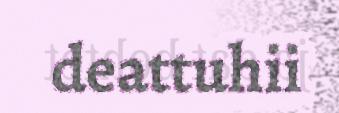
deattuhii